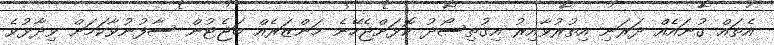
އެތައް ގުނައެއް ދަރަނި އިތުރުވާއިރު އިގުތިސޯދު ކޮޅަށްޖެހޭނެ މަންޒަރެއް ބަޖެޓުން ސާފުނުވާކަމަށް ވިދާޅުވެ